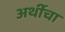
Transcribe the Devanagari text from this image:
अर्थीचा